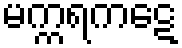
မက္ကရကဋေ